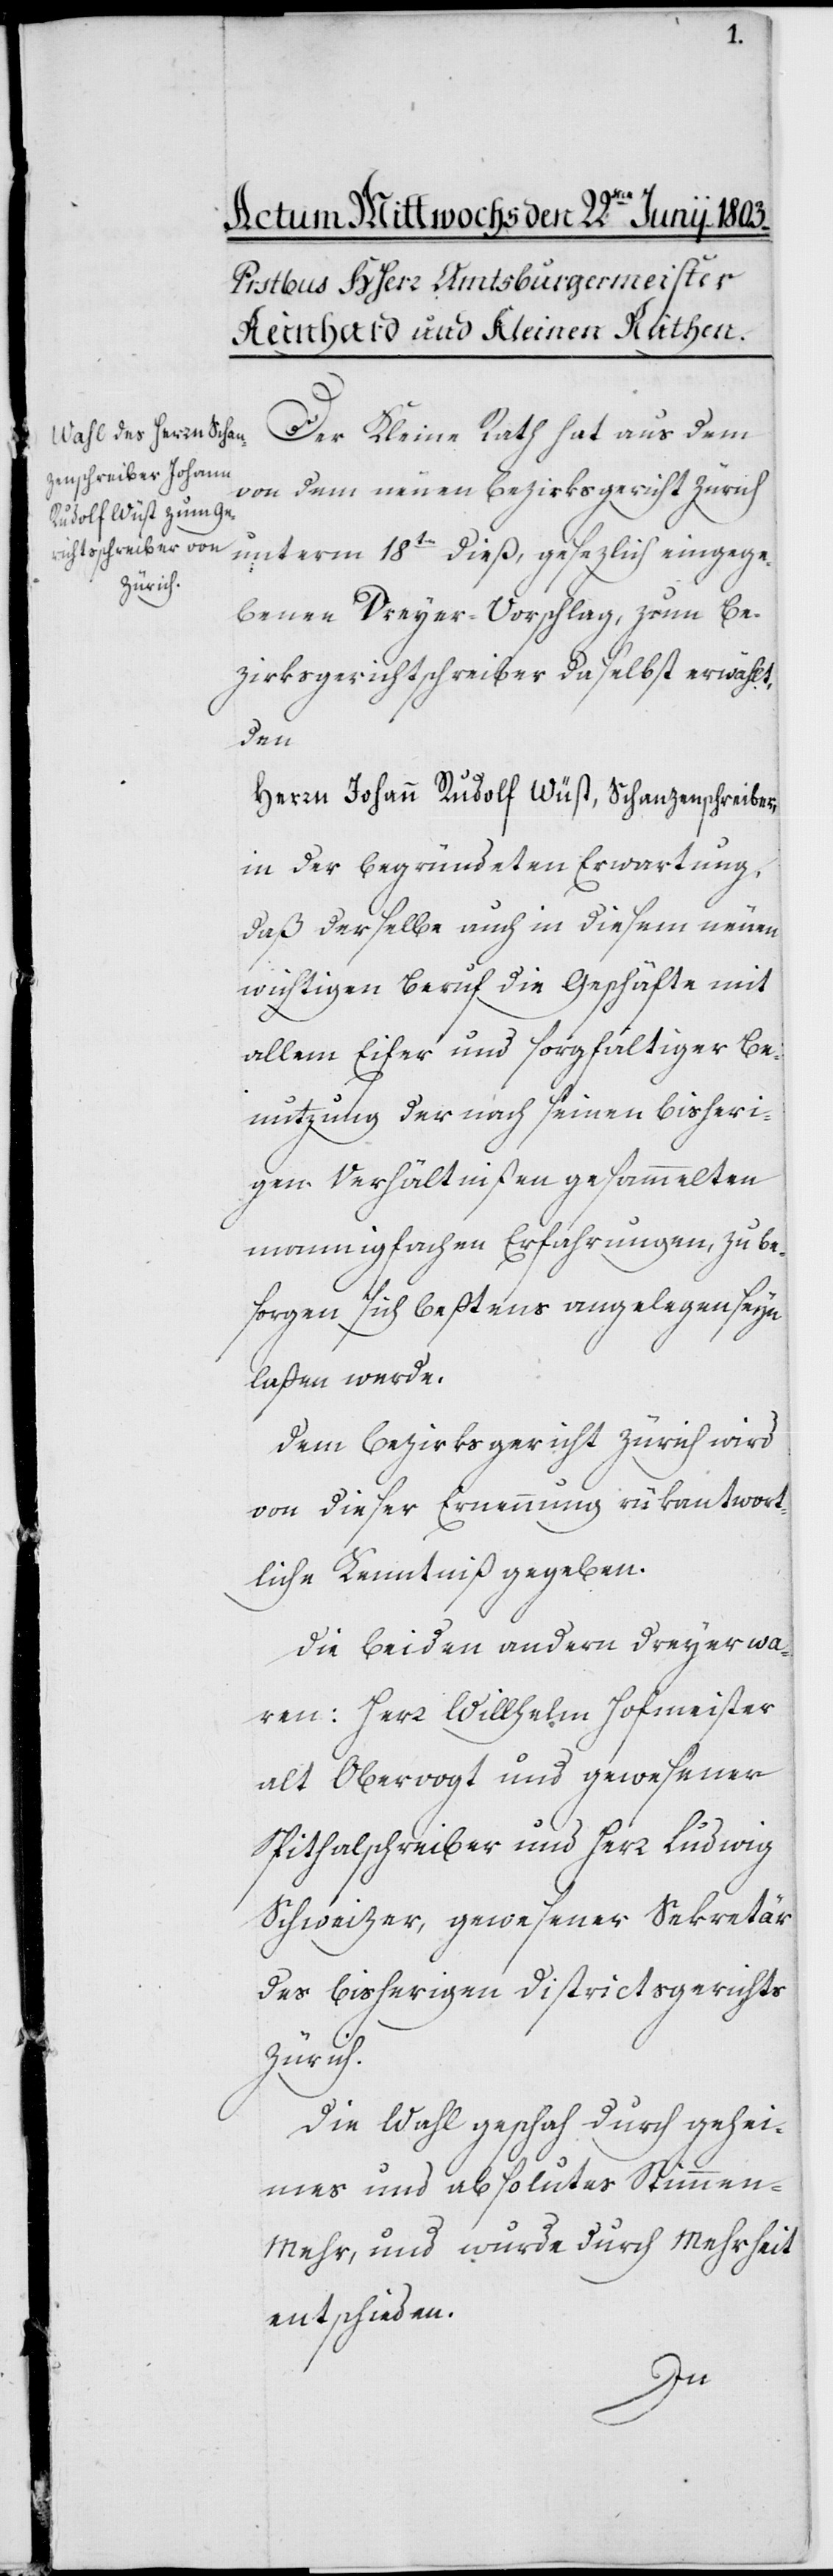
Der Kleine Rath hat aus dem
von dem neuen Bezirksgericht Zürich
unterm 18ten dieß, gesezlich eingege¬
benen Dreyer-Vorschlag, zum Be¬
zirksgerichtschreiber daselbst erwählt
den
Herrn Johann Rudolf Wüst, Schanzenschreiber,
in der begründeten Erwartung,
daß derselbe auch in diesem neuen
wichtigen Beruf die Geschäfte mit
allem Eifer und sorgfältiger Be¬
nuzung der nach seinen bisheri¬
gen Verhältnißen gesammelten
mannigfachen Erfahrungen, zu be¬
sorgen sich beßtens angelegen seyn
laßen werde.
Dem Bezirksgericht Zürich wird
von dieser Ernennung rükantwort¬
liche Kenntniß gegeben.
Die beyden andern Dreyer wa¬
ren: Herr Willhelm Hofmeister,
alt Obervogt und gewesener
Spitalschreiber – und Herr Ludwig
Schweizer, gewesener Sekretär
des bisherigen Districtsgerichts
Zürich.
Die Wahl geschah durch gehe¬
imes und absolutes Stimmen-M¬
ehr und wurde durch Mehrheit
entschieden.